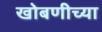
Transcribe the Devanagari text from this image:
खोबणीच्या